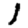
Digit: 1